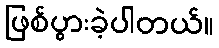
ဖြစ်ပွားခဲ့ပါတယ်။